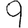
Digit: 9